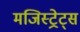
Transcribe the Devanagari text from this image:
मजिस्ट्रेट्स